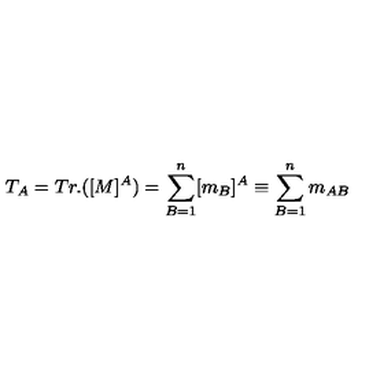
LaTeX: T _ { A } = T r . ( [ M ] ^ { A } ) = \sum _ { B = 1 } ^ { n } [ m _ { B } ] ^ { A } \equiv \sum _ { B = 1 } ^ { n } m _ { A B }